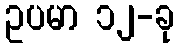
ဥပမာ ၁၂-ခု